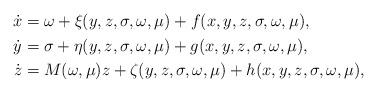
LaTeX: \begin{align*}\begin{aligned}\dot{x} &= \omega+\xi(y,z,\sigma,\omega,\mu)+f(x,y,z,\sigma,\omega,\mu), \\\dot{y} &= \sigma+\eta(y,z,\sigma,\omega,\mu)+g(x,y,z,\sigma,\omega,\mu), \\\dot{z} &= M(\omega,\mu)z+\zeta(y,z,\sigma,\omega,\mu)+h(x,y,z,\sigma,\omega,\mu),\end{aligned}\end{align*}